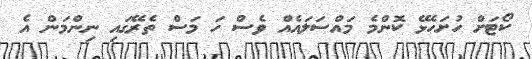
ކޯޓަށް ހުށަހެޅޭ ކޮންމެ މައްސަލައެއް ވެސް ހަ މަސް ތެރޭގައި ނިންމަން އެ